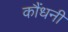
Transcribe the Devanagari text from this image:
कौंधनी